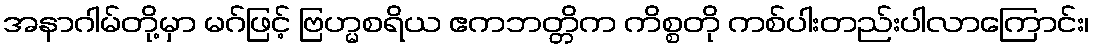
အနာဂါမ်တို့မှာ မဂ်ဖြင့် ဗြဟ္မစရိယ ဧကဘတ္တိက ကိစ္စတို ကစ်ပါးတည်းပါလာကြောင်း၊